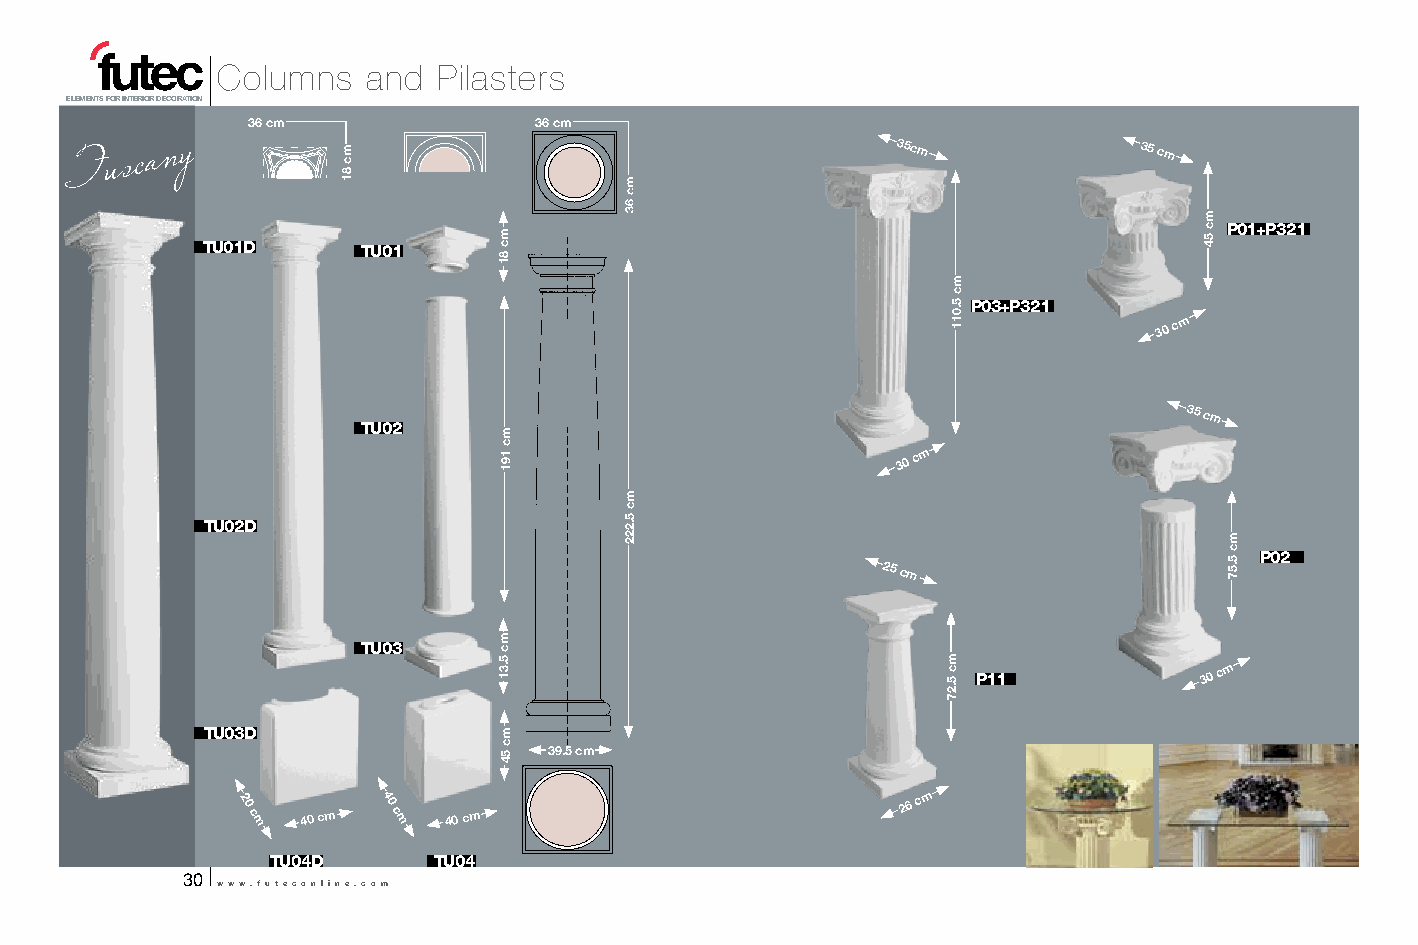
Columns   and  Pilasters
 ELEMENTS FOR INTERIOR DECORATION
 36 cm              36 cm
 T u s c a n y                                         35cm            35 cm
 P01+P321
 TU01D      TU01
 P03+P321
 30
 cm
 35 cm
 TU02
 30
 cm
 TU02D
 P02
 25 cm
 TU03
 P11            30
 cm
 TU03D
 39.5 cm
 20
 c m 40 cm
 40
 c m 40 cm
 26 cm
 TU04D      TU04
 30
 www.futeconline.com
 mc
 81
 mc
 54
 mc
 81
 mc
 191
 mc
 5.31
 mc
 54
 mc
 63
 mc
 5.222
 mc
 5.011
 mc
 5.27
 mc
 54
 mc
 5.57